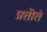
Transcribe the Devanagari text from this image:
प्रतीतं